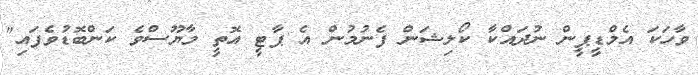
ވާހަކަ އެމްޑީޕީން ނުދައްކާ ކޯލިޝަން ފެނުމުން އެ ޕާޓީ އޮތީ މާޔޫސްވެ ކަންބޮޑުވެފައި"